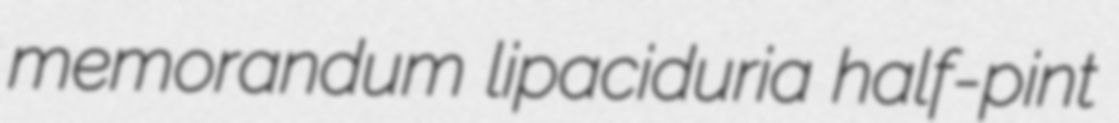
memorandum lipaciduria half-pint